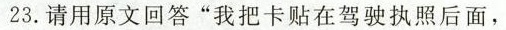
23.请用原文回答”我把卡贴在驾驶执照后面，